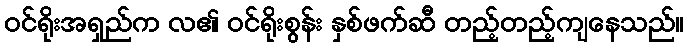
ဝင်ရိုးအရှည်က လ၏ ဝင်ရိုးစွန်း နှစ်ဖက်ဆီ တည့်တည့်ကျနေသည်။